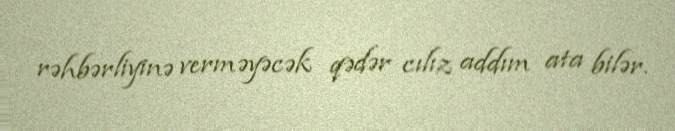
rəhbərliyinə verməyəcək qədər cılız addım ata bilər.